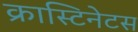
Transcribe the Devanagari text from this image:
क्रास्टिनेटस